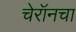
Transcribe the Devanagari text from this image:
चेरॉनचा